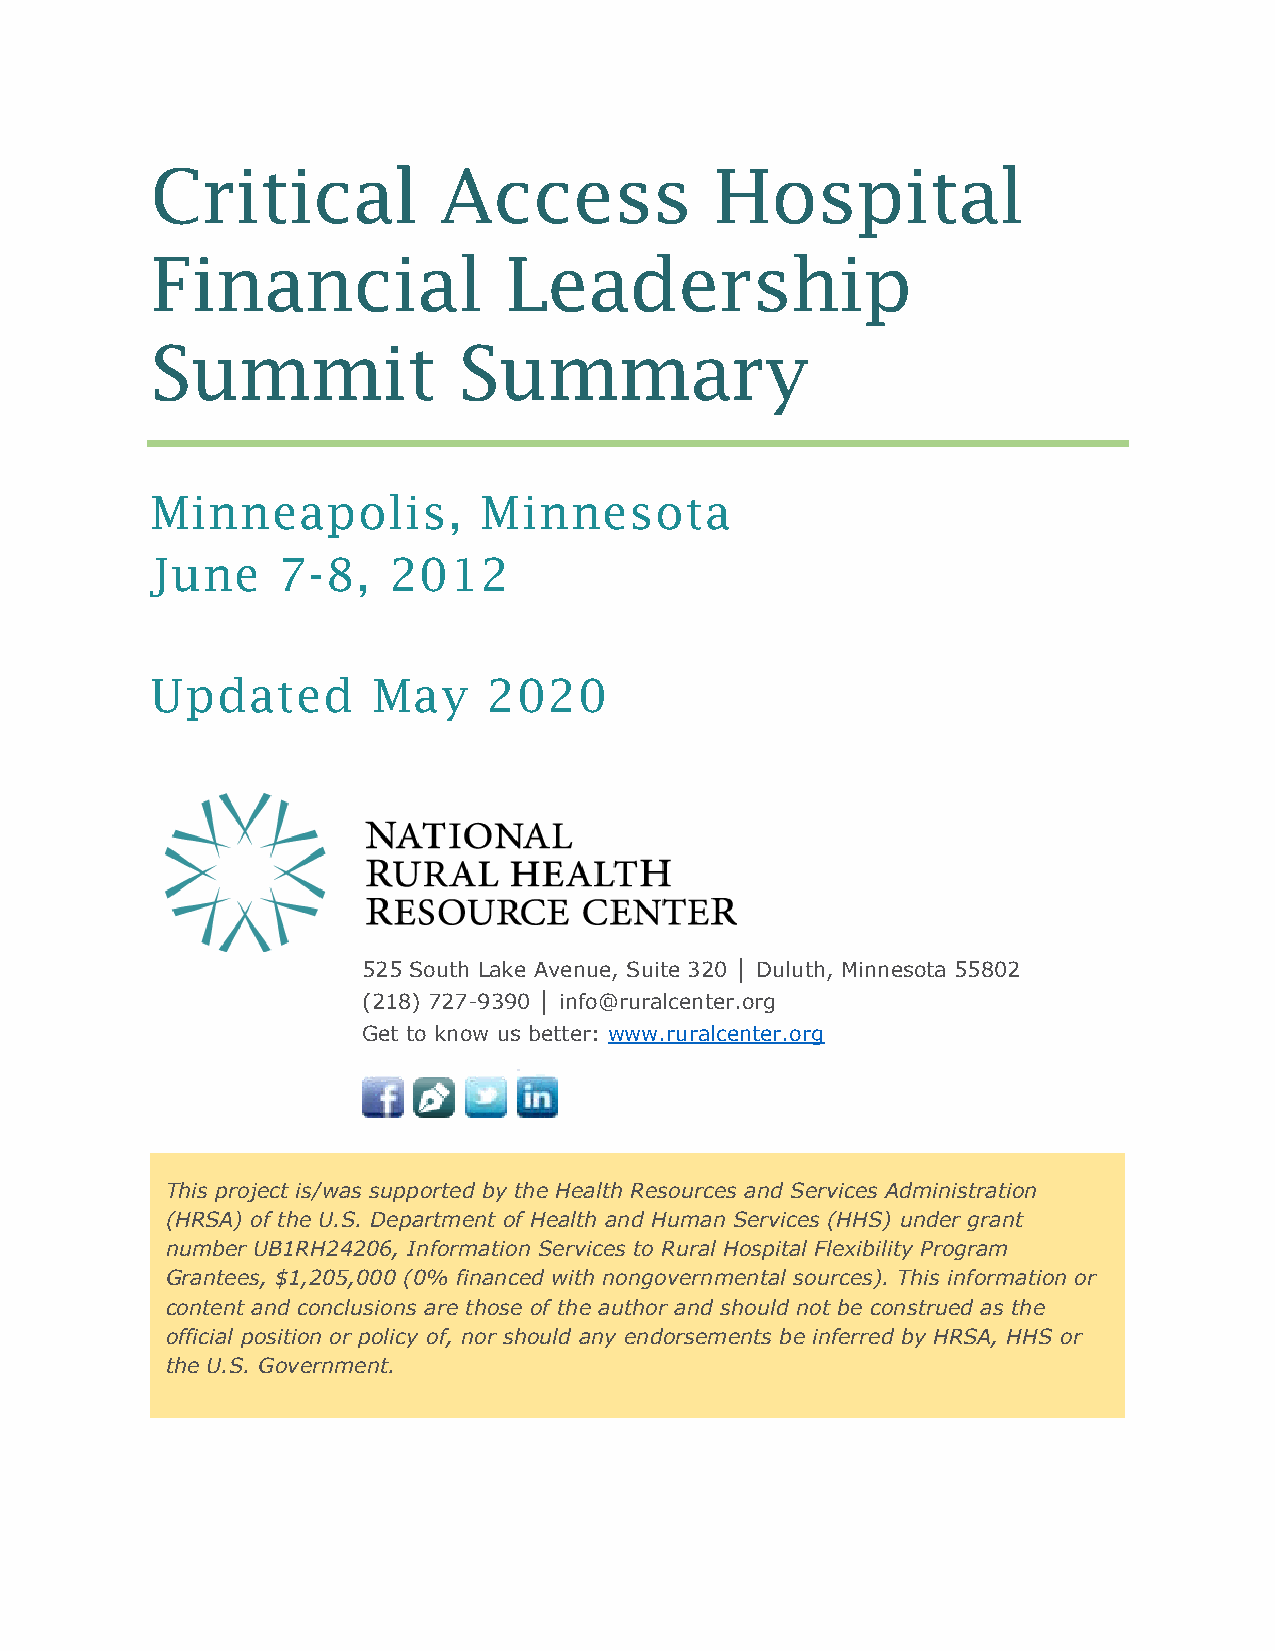
Critical           Access            Hospital
 Financial              Leadership
 Summit              Summary
 Minneapolis,          Minnesota
 June    7-8,    2012
 Updated        May    2020
 525 South Lake Avenue, Suite 320 │ Duluth, Minnesota 55802
 (218) 727-9390 │ info@ruralcenter.org
 Get to know us better: www.ruralcenter.org
 This project is/was supported by the Health Resources and Services Administration
 (HRSA) of the U.S. Department of Health and Human Services (HHS) under grant
 number UB1RH24206, Information Services to Rural Hospital Flexibility Program
 Grantees, $1,205,000 (0% financed with nongovernmental sources). This information or
 content and conclusions are those of the author and should not be construed as the
 official position or policy of, nor should any endorsements be inferred by HRSA, HHS or
 the U.S. Government.